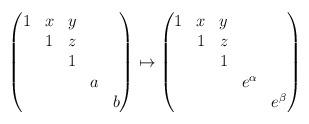
LaTeX: \begin{align*}\begin{pmatrix}1 & x & y & & \\ & 1 & z & & \\ & & 1 & & \\ & & & a & \\ & & & & b \\\end{pmatrix} \mapsto \begin{pmatrix}1 & x & y & & \\ & 1 & z & & \\ & & 1 & & \\ & & & e^{\alpha} & \\ & & & & e^{\beta} \\\end{pmatrix} \end{align*}